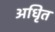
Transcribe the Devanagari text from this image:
अधिृत